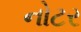
નોટર